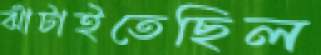
ঝাঁটাইতেছিল